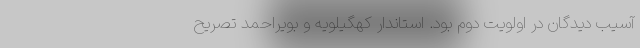
آسیب دیدگان در اولویت دوم بود. استاندار کهگیلویه و بویراحمد تصریح